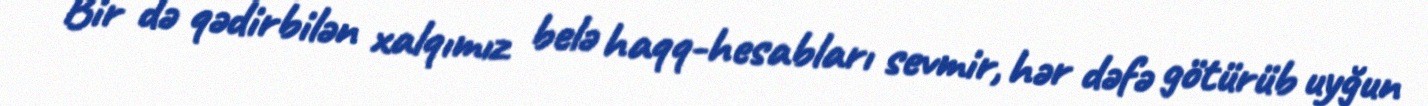
Bir də qədirbilən xalqımız belə haqq-hesabları sevmir, hər dəfə götürüb uyğun